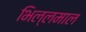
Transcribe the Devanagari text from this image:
भिल्लमाल